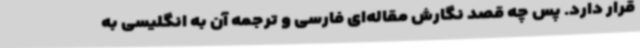
قرار دارد. پس چه قصد نگارش مقاله‌ای فارسی و ترجمه آن به انگلیسی به